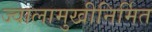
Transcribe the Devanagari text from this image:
ज्वालामुखीनिर्मित